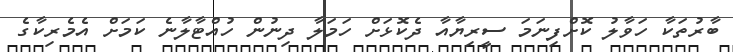
ބާރުތަކާ ހަވާލު ކޮށްފިނަމަ ސީރިޔާއާ ދެކޮޅަށް ހަމަލާ ދިނުން ހުއްޓާލާނެ ކަމަށް އެމެރިކާގެ